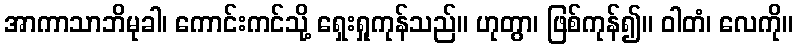
အာကာသာဘိမုခါ၊ ကောင်းကင်သို့ ရှေးရှုကုန်သည်။ ဟုတွာ၊ ဖြစ်ကုန်၍။ ဝါတံ၊ လေကို။